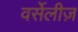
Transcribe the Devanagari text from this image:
वर्सेलीज़